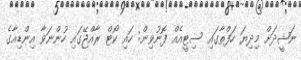
ނަޝީދަށް މިދިޔަ ހަފްތާގައި ސިޓީއެއް ފޮނުވިން: ހައި ކޯޓް ރާއްޖޭގައި ހުންނަވާ އިންޑިއާގެ